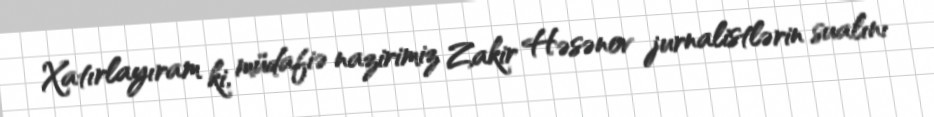
Xatırlayıram ki, müdafiə nazirimiz Zakir Həsənov jurnalistlərin sualını